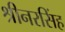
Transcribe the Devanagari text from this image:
श्रीनरसिंह